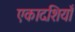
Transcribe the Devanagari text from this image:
एकादशियाँ